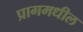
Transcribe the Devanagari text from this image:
प्रागमधील